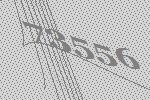
73556